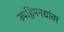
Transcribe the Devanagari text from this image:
उपहिमनद्यांवर